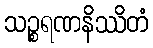
သဉ္စရဏနိဿိတံ